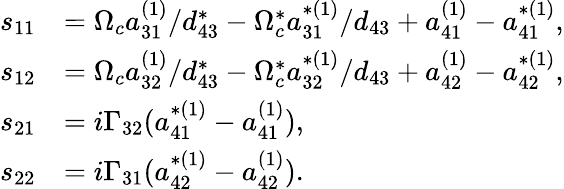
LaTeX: \begin{array}{rl}{s_{11}}&{=\Omega_{c}a_{31}^{(1)}/d_{43}^{\ast}-\Omega_{c}^{\ast}a_{31}^{\ast(1)}/d_{43}+a_{41}^{(1)}-a_{41}^{\ast(1)},}\\ {s_{12}}&{=\Omega_{c}a_{32}^{(1)}/d_{43}^{\ast}-\Omega_{c}^{\ast}a_{32}^{\ast(1)}/d_{43}+a_{42}^{(1)}-a_{42}^{\ast(1)},}\\ {s_{21}}&{=i\Gamma_{32}(a_{41}^{\ast(1)}-a_{41}^{(1)}),}\\ {s_{22}}&{=i\Gamma_{31}(a_{42}^{\ast(1)}-a_{42}^{(1)}).}\end{array}